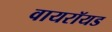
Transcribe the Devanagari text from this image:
वायरॉयड